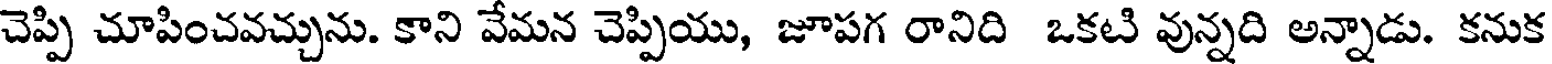
చెప్పి చూపించవచ్చును. కాని వేమన చెప్పియు, జూపగ రానిది ఒకటి వున్నది అన్నాడు. కనుక